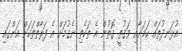
އުޅަނދުތައް ކަމަށާއި ވަގުތީ ގޮތުން އެ ތަކެތި ނެގުމަށް އެ ފަރާތްތަކަށް އަންގައި